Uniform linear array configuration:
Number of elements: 12
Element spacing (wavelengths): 0.5
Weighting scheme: exponential
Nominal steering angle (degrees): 30
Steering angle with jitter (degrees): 28.71
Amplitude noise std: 0.05
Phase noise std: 0.05

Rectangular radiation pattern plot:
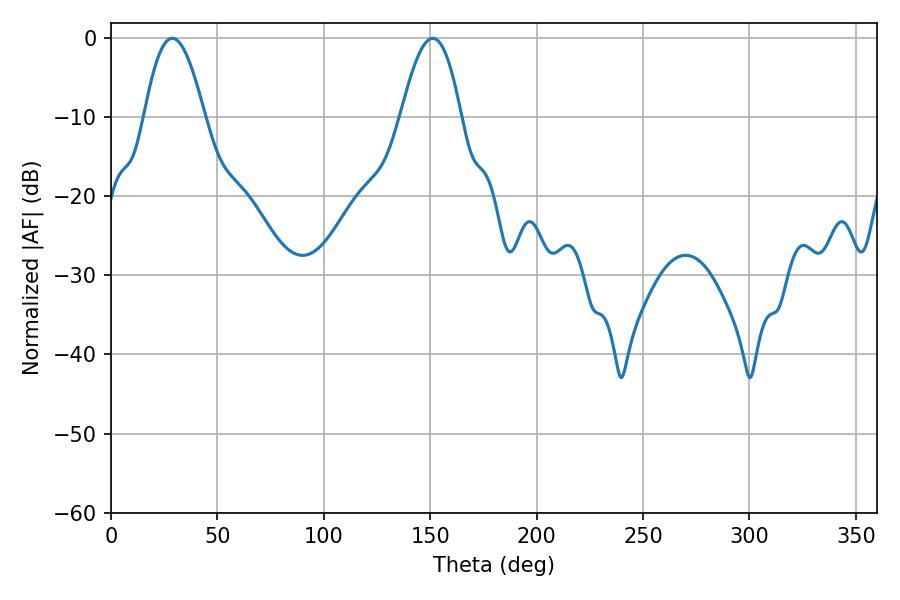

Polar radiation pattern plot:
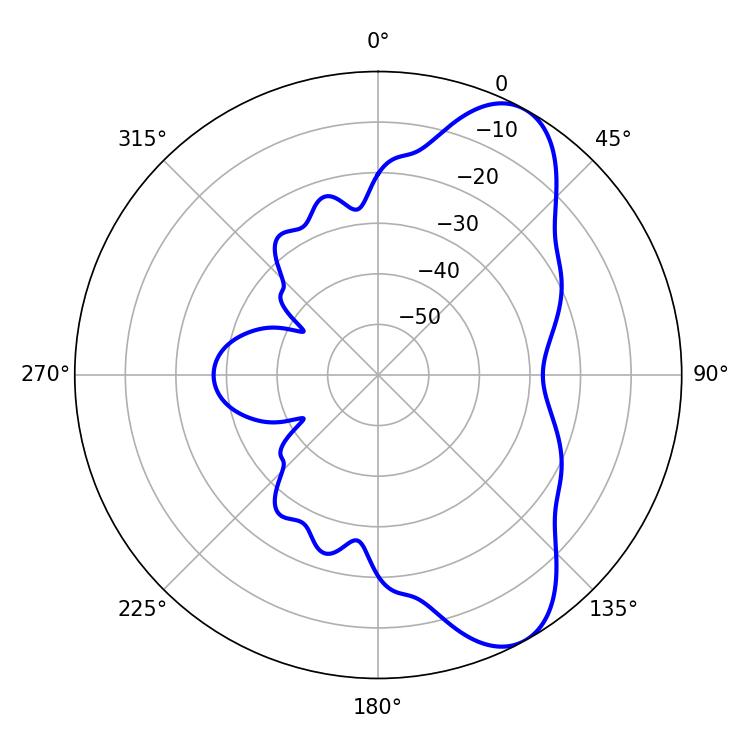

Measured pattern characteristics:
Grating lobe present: FALSE
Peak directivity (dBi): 8.285
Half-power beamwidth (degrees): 15.3
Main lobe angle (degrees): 28.8